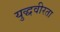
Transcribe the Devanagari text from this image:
युद्धवीरता